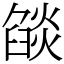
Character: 燄